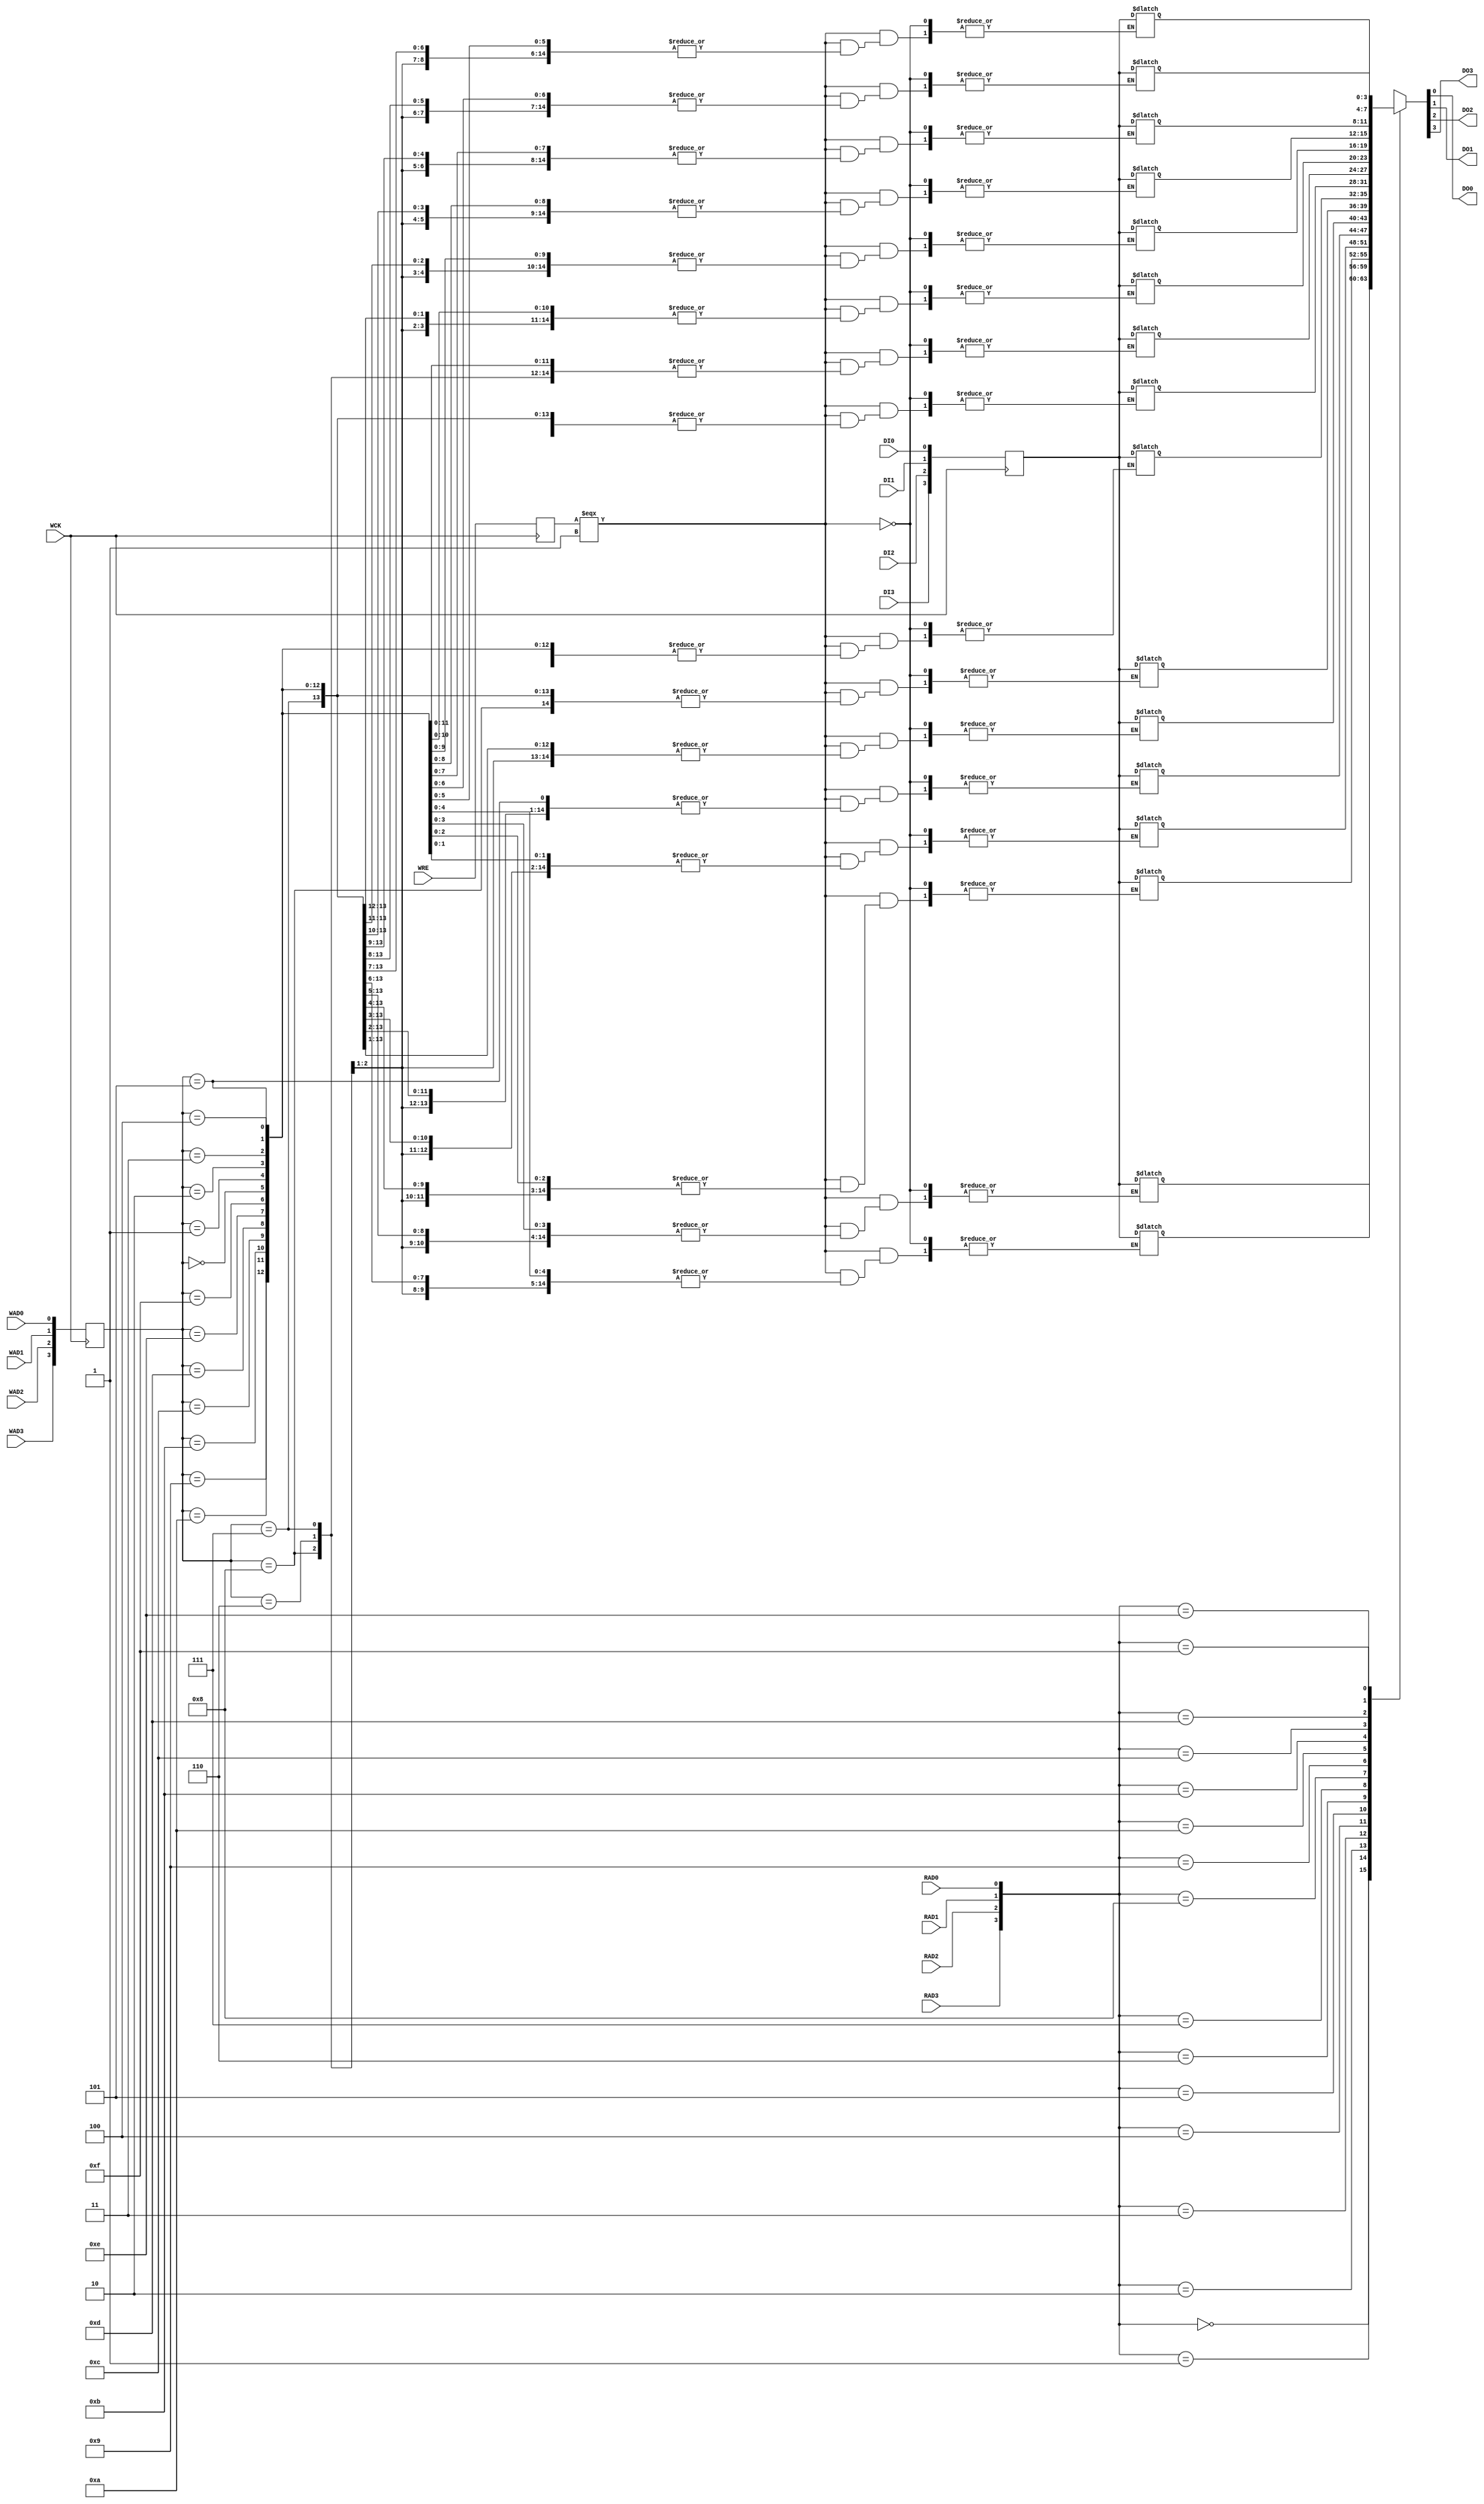
`resetall
`timescale 1 ns / 1 ps

`celldefine

module DPR16X4A ( DI0, DI1, DI2, DI3, WAD0, WAD1, WAD2, WAD3, WRE, WCK,
                 RAD0, RAD1, RAD2, RAD3, DO0, DO1, DO2, DO3);
 
  input WAD0,WAD1,WAD2,WAD3,DI0, DI1, DI2, DI3, WCK, WRE;
  input RAD0,RAD1,RAD2,RAD3;
  output DO0, DO1, DO2, DO3;

  integer i;
  reg wre_reg;
  reg [3:0] din_reg;
  reg [3:0] wadr_reg;
  reg [3:0] radr_reg;
  reg [3:0] MEM [15:0];
  reg [3:0] DOb;
  reg [63:0] pick_data;
  reg memchg;

  buf  (WAD0b, WAD0);
  buf  (WAD1b, WAD1);
  buf  (WAD2b, WAD2);
  buf  (WAD3b, WAD3);
  buf  (DI0b, DI0);
  buf  (DI1b, DI1);
  buf  (DI2b, DI2);
  buf  (DI3b, DI3);
  buf  (WCKb, WCK);
  buf  (WREb, WRE);
  buf  (RAD0b, RAD0);
  buf  (RAD1b, RAD1);
  buf  (RAD2b, RAD2);
  buf  (RAD3b, RAD3);

  buf  (DO0, DOb[0]);
  buf  (DO1, DOb[1]);
  buf  (DO2, DOb[2]);
  buf  (DO3, DOb[3]);

  initial
  begin
     memchg = 1'b0;
  end

   // Latch the address and data in for writing
   // Registers are rising edge enabled
  always @ (posedge WCKb) begin
       wre_reg <= WREb;
       din_reg <= {DI3b, DI2b, DI1b, DI0b};
       wadr_reg <= {WAD3b, WAD2b, WAD1b, WAD0b};
  end


  always @ (RAD3b or RAD2b or RAD1b or RAD0b) begin
     radr_reg = {RAD3b, RAD2b, RAD1b, RAD0b};
  end

  always @ (din_reg,wadr_reg,wre_reg) begin
     if (wre_reg === 1'b1) begin
        MEM[wadr_reg] = din_reg;
        memchg = ~memchg;
     end
  end

  always @ (radr_reg or memchg)
  begin
        DOb = MEM[radr_reg];
  end

endmodule

`endcelldefine